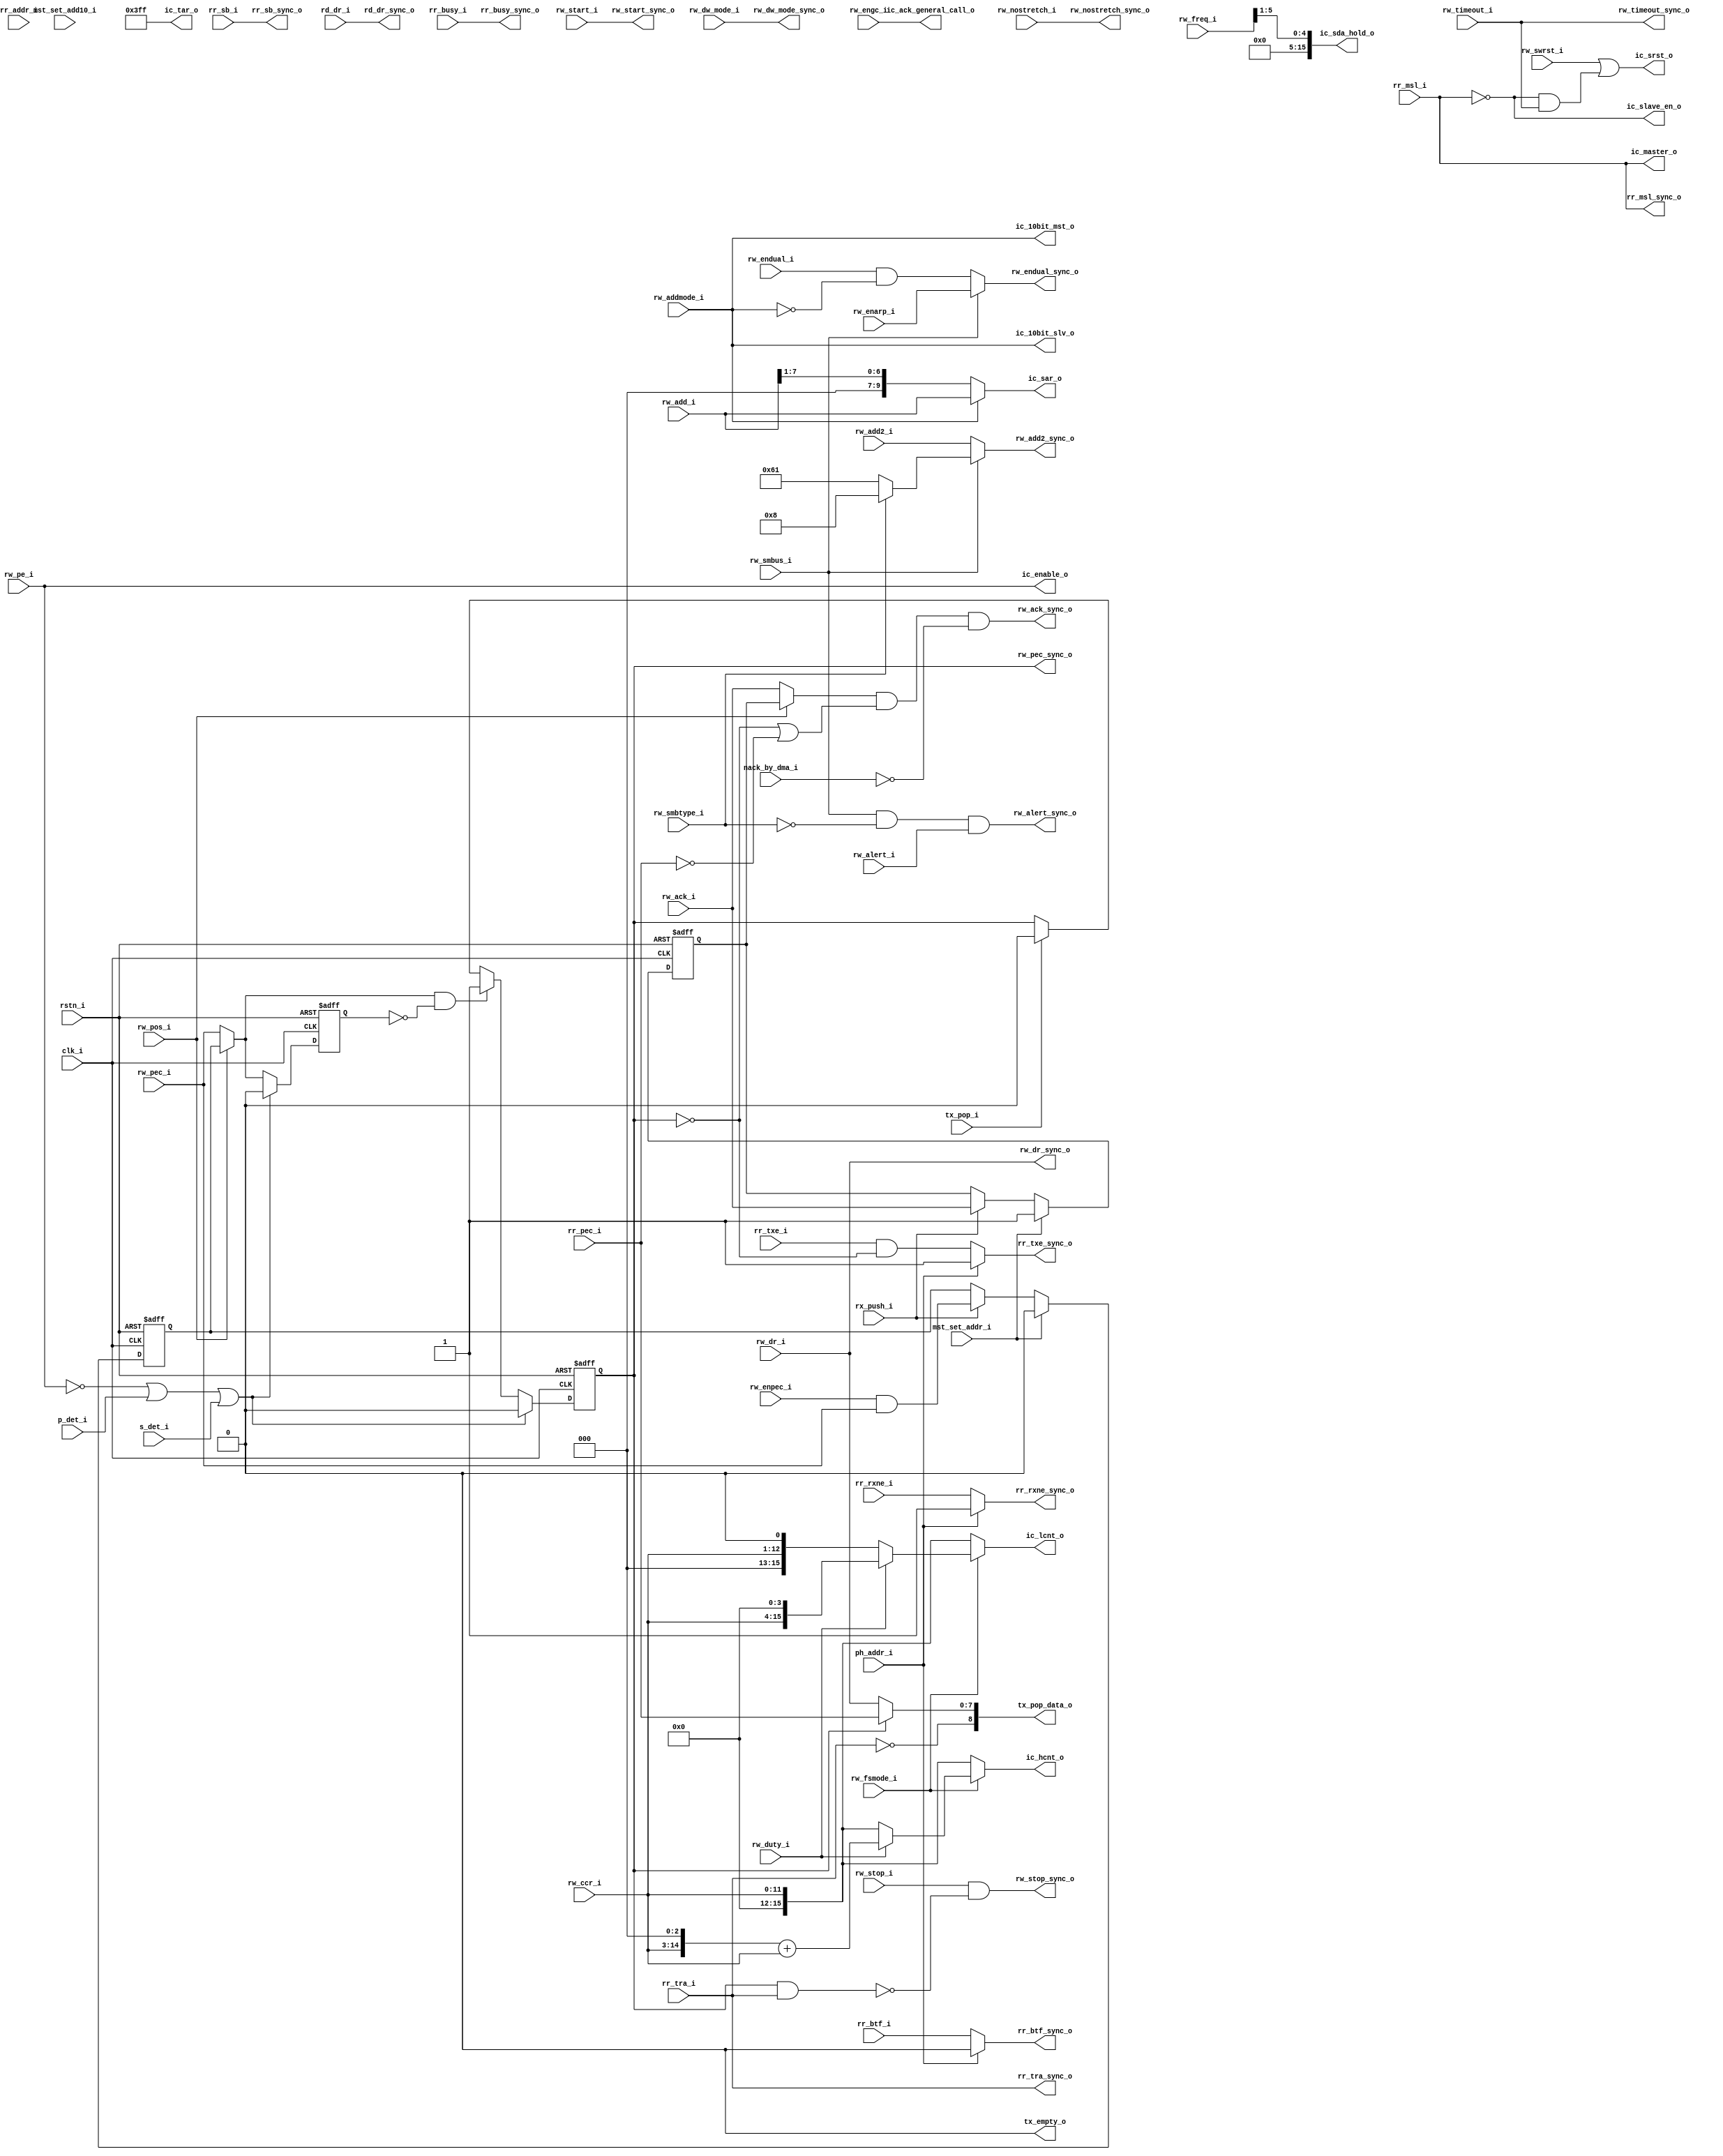
`ifndef I2C_REMAP
    `define I2C_REMAP
module i2c_remap
  (
   input         clk_i,
   input         rstn_i,

   input         rw_dw_mode_i,
   input         rw_addmode_i,
   input         rw_ack_i,
   input         rw_pec_i,
   input         rw_start_i,
   input         rw_stop_i,
   input [9:0]   rw_add_i,
   input [6:0]   rw_add2_i,
   input         rw_engc_i,
   input         rw_enpec_i,
   input [7:0]   rw_dr_i,
   input         rw_endual_i,
   input         rw_smbus_i, // 1:smbus mode
   input         rw_enarp_i,
   input         rw_alert_i,
   input         rw_smbtype_i, // 0:device , 1:host
   input         rw_nostretch_i,
   input         rw_pos_i,
   input         rw_swrst_i,
   input         rw_timeout_i,
   input         rr_addr_i,
   input         rr_msl_i,
   input         rr_busy_i,
   input         rr_tra_i, // 0:rx , 1:tx
   input         rr_txe_i,
   input         rr_rxne_i,
   input         rr_btf_i,
   input [7:0]   rr_pec_i,
   input         rr_sb_i,
   // timing
   input [5:0]   rw_freq_i,
   input [11:0]  rw_ccr_i,
   input         rw_fsmode_i,
   input         rw_duty_i,

   input         p_det_i,
   input         s_det_i,
   input         rw_pe_i,
   input         rd_dr_i,

   input         nack_by_dma_i,
   
   input         ph_addr_i,
   input         rx_push_i,
   input         tx_pop_i,
   input         mst_set_add10_i,
   input         mst_set_addr_i,

   output [8:0]  tx_pop_data_o,
   output        ic_enable_o,
   output        ic_master_o,
   output        ic_slave_en_o,
   output        ic_10bit_mst_o,
   output        ic_10bit_slv_o,
   output        ic_ack_general_call_o,
   output [11:0] ic_tar_o,
   output [9:0]  ic_sar_o,
   output [15:0] ic_hcnt_o,
   output [15:0] ic_lcnt_o,
   output [15:0] ic_sda_hold_o, // need 300ns in ss/fs
   output        ic_srst_o,
   output        tx_empty_o,

   output        rd_dr_sync_o,
   output        rw_dw_mode_sync_o,
   output        rw_start_sync_o,
   output        rw_stop_sync_o,
   output        rw_ack_sync_o,
   output reg    rw_pec_sync_o,
   output        rw_endual_sync_o,
   output        rw_alert_sync_o,
   output        rw_nostretch_sync_o,
   output        rw_timeout_sync_o,
   output [6:0]  rw_add2_sync_o,
   output [7:0]  rw_dr_sync_o,
   output        rr_msl_sync_o,
   output        rr_busy_sync_o,
   output        rr_sb_sync_o,
   output        rr_tra_sync_o,
   output        rr_txe_sync_o,
   output        rr_rxne_sync_o,
   output        rr_btf_sync_o
   );

    wire         rw_pec_sync_raw ;
    reg          pec_sync_raw_r ;
    
    wire [15:0]  hcnt_ss  = {4'b0,rw_ccr_i};
    wire [15:0]  lcnt_ss  = {4'b0,rw_ccr_i};

    wire [15:0]  hcnt_fs  = ~rw_duty_i ? {4'b0,rw_ccr_i} : {1'b0,rw_ccr_i,3'b0} + {4'b0,rw_ccr_i} ;
    wire [15:0]  lcnt_fs  = ~rw_duty_i ? {3'b0,rw_ccr_i,1'b0} : {rw_ccr_i,4'b0} ;
    
    assign ic_hcnt_o  = rw_fsmode_i ? hcnt_fs : hcnt_ss ;
    assign ic_lcnt_o  = rw_fsmode_i ? lcnt_fs : lcnt_ss ;
    // **************************************************************** 
    // **                    SDA hold need 300ns                     **
    // **  set 500ns for easy
    // **  ic_sda_hold = 0.5*rw_freq_i = rw_freq >> 1
    // **************************************************************** 
    assign ic_sda_hold_o = {10'b0,rw_freq_i} >> 1 ;

    assign ic_enable_o = rw_pe_i;
    assign ic_master_o  = rr_msl_i;
    assign ic_slave_en_o  = ~rr_msl_i ;
    assign ic_10bit_slv_o = rw_addmode_i ;
    assign ic_10bit_mst_o  = rw_addmode_i ;
    assign ic_ack_general_call_o  = rw_engc_i ;
    assign ic_sar_o  = rw_addmode_i ? rw_add_i : {3'b0,rw_add_i[7:1]} ;
    assign tx_empty_o = 1'b0 ;
    assign tx_pop_data_o  = {~rr_tra_i, (rw_pec_sync_o ? rr_pec_i : rw_dr_i)} ;
    assign ic_tar_o  = 10'h3ff ;
    assign ic_srst_o = rw_swrst_i | ~rr_msl_i & rw_timeout_i;  

    // **************************************************************** 
    // **                         go through                         ** 
    // ****************************************************************
    reg  rw_ack_delay ;
    reg  rw_pec_delay ;
    reg  ph_addr_r ;

    always @(posedge clk_i or negedge rstn_i) begin
        if (!rstn_i) begin
            ph_addr_r <= 1'b0;
        end
        else begin
            ph_addr_r <= ph_addr_i;
        end
    end
    assign rr_msl_sync_o  = rr_msl_i;
    assign rr_busy_sync_o = rr_busy_i;
    assign rd_dr_sync_o   = rd_dr_i;
    assign rr_sb_sync_o   = rr_sb_i;
    assign rw_dr_sync_o      = rw_dr_i;
    assign rw_dw_mode_sync_o = rw_dw_mode_i;
    assign rr_tra_sync_o    = rr_tra_i;    
    // if mst-rev : rw_ack is 0 for last byte , so it not effect, soft will config rw_ack to 0
    // if slv-rev : rw_ack is 1 for last byte , it will see rr_pec also
    assign rw_ack_sync_o    = (rw_pos_i ? rw_ack_delay : rw_ack_i) & (~rw_pec_sync_o | (rr_pec_i == 8'h0)) & ~nack_by_dma_i;
    assign rw_pec_sync_raw  = rw_pos_i ? rw_pec_delay : rw_pec_i;    
    assign rw_start_sync_o  = rw_start_i;  
    assign rw_stop_sync_o  = rw_stop_i & ~(rw_pec_sync_o & rr_tra_i);  // only used for mst tx
    assign rw_dr_sync_o   = rw_dr_i;
    assign rw_nostretch_sync_o = rw_nostretch_i ;  
    assign rr_txe_sync_o  = ph_addr_i ? 1'b1 : (rr_txe_i &  ~rw_pec_sync_o); // when tx , pec is data
    assign rr_rxne_sync_o  = ph_addr_i ? 1'b1 : rr_rxne_i;
    assign rr_btf_sync_o  = ph_addr_i ? 1'b0 : rr_btf_i;
    assign rw_timeout_sync_o  = rw_timeout_i ;
    
    always @(posedge clk_i or negedge rstn_i) begin
        if (!rstn_i) begin
            rw_ack_delay <= 1'b1;
            rw_pec_delay <= 1'b0;
        end
        else if(mst_set_addr_i) begin
            rw_ack_delay <= 1'b1;
            rw_pec_delay <= 1'b0;
        end
        else begin
            rw_ack_delay <= rx_push_i ? rw_ack_i : rw_ack_delay ;
            rw_pec_delay <= rx_push_i ? rw_enpec_i & rw_pec_i : rw_pec_delay ;
        end
    end
    // add2 shared with smb host/device addr
    assign rw_endual_sync_o  = ~rw_smbus_i ? (rw_endual_i & ~rw_addmode_i) : rw_enarp_i ;
    assign rw_add2_sync_o    = ~rw_smbus_i ? rw_add2_i : rw_smbtype_i ? 7'b0001000 : 7'b1100001 ;
    assign rw_alert_sync_o   = rw_smbus_i & ~rw_smbtype_i & rw_alert_i ; // only for dev

    // only for transmit : pec will be auto clear to 0
    // if receive , it is like rw_pec_raw
    always @(posedge clk_i or negedge rstn_i) begin
        if (!rstn_i) begin
            pec_sync_raw_r <= 1'b0;
            rw_pec_sync_o  <= 1'b0;
        end
        else if(~rw_pe_i | p_det_i | s_det_i) begin
            pec_sync_raw_r <= 1'b0;
            rw_pec_sync_o  <= 1'b0;
        end
        else begin
            pec_sync_raw_r <= rw_pec_sync_raw ;
            rw_pec_sync_o  <= (rw_pec_sync_raw & ~pec_sync_raw_r) ? 1'b1 : tx_pop_i ? 1'b0 : rw_pec_sync_o ;
        end
    end
endmodule
`endif